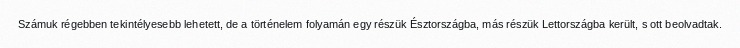
Számuk régebben tekintélyesebb lehetett, de a történelem folyamán egy részük Észtországba, más részük Lettországba került, s ott beolvadtak.